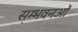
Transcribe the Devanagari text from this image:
सम्भवनओं